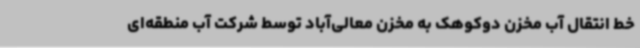
خط انتقال آب مخزن دوکوهک به مخزن معالی‌آباد توسط شرکت آب منطقه‌ای